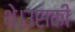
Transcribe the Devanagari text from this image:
थे।उसकी